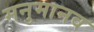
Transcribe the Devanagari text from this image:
मनुमानव